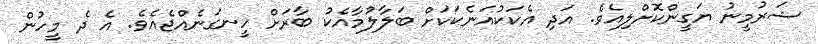
ޝަރުމީނު ޔަގީންކޮށްލިއެވެ. އަދި އެކަކުއަނެކަކަށް ބަލާލުމާއެކު ބާރަށް ހީނގަނެއްޖެއެވެ. އެ ދެ މީހުން